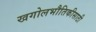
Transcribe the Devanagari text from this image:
खगोलभौतिकीसाठी